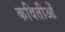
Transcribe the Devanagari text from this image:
कवितीओं